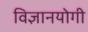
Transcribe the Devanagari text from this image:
विज्ञानयोगी